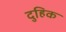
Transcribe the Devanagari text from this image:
दुहिक